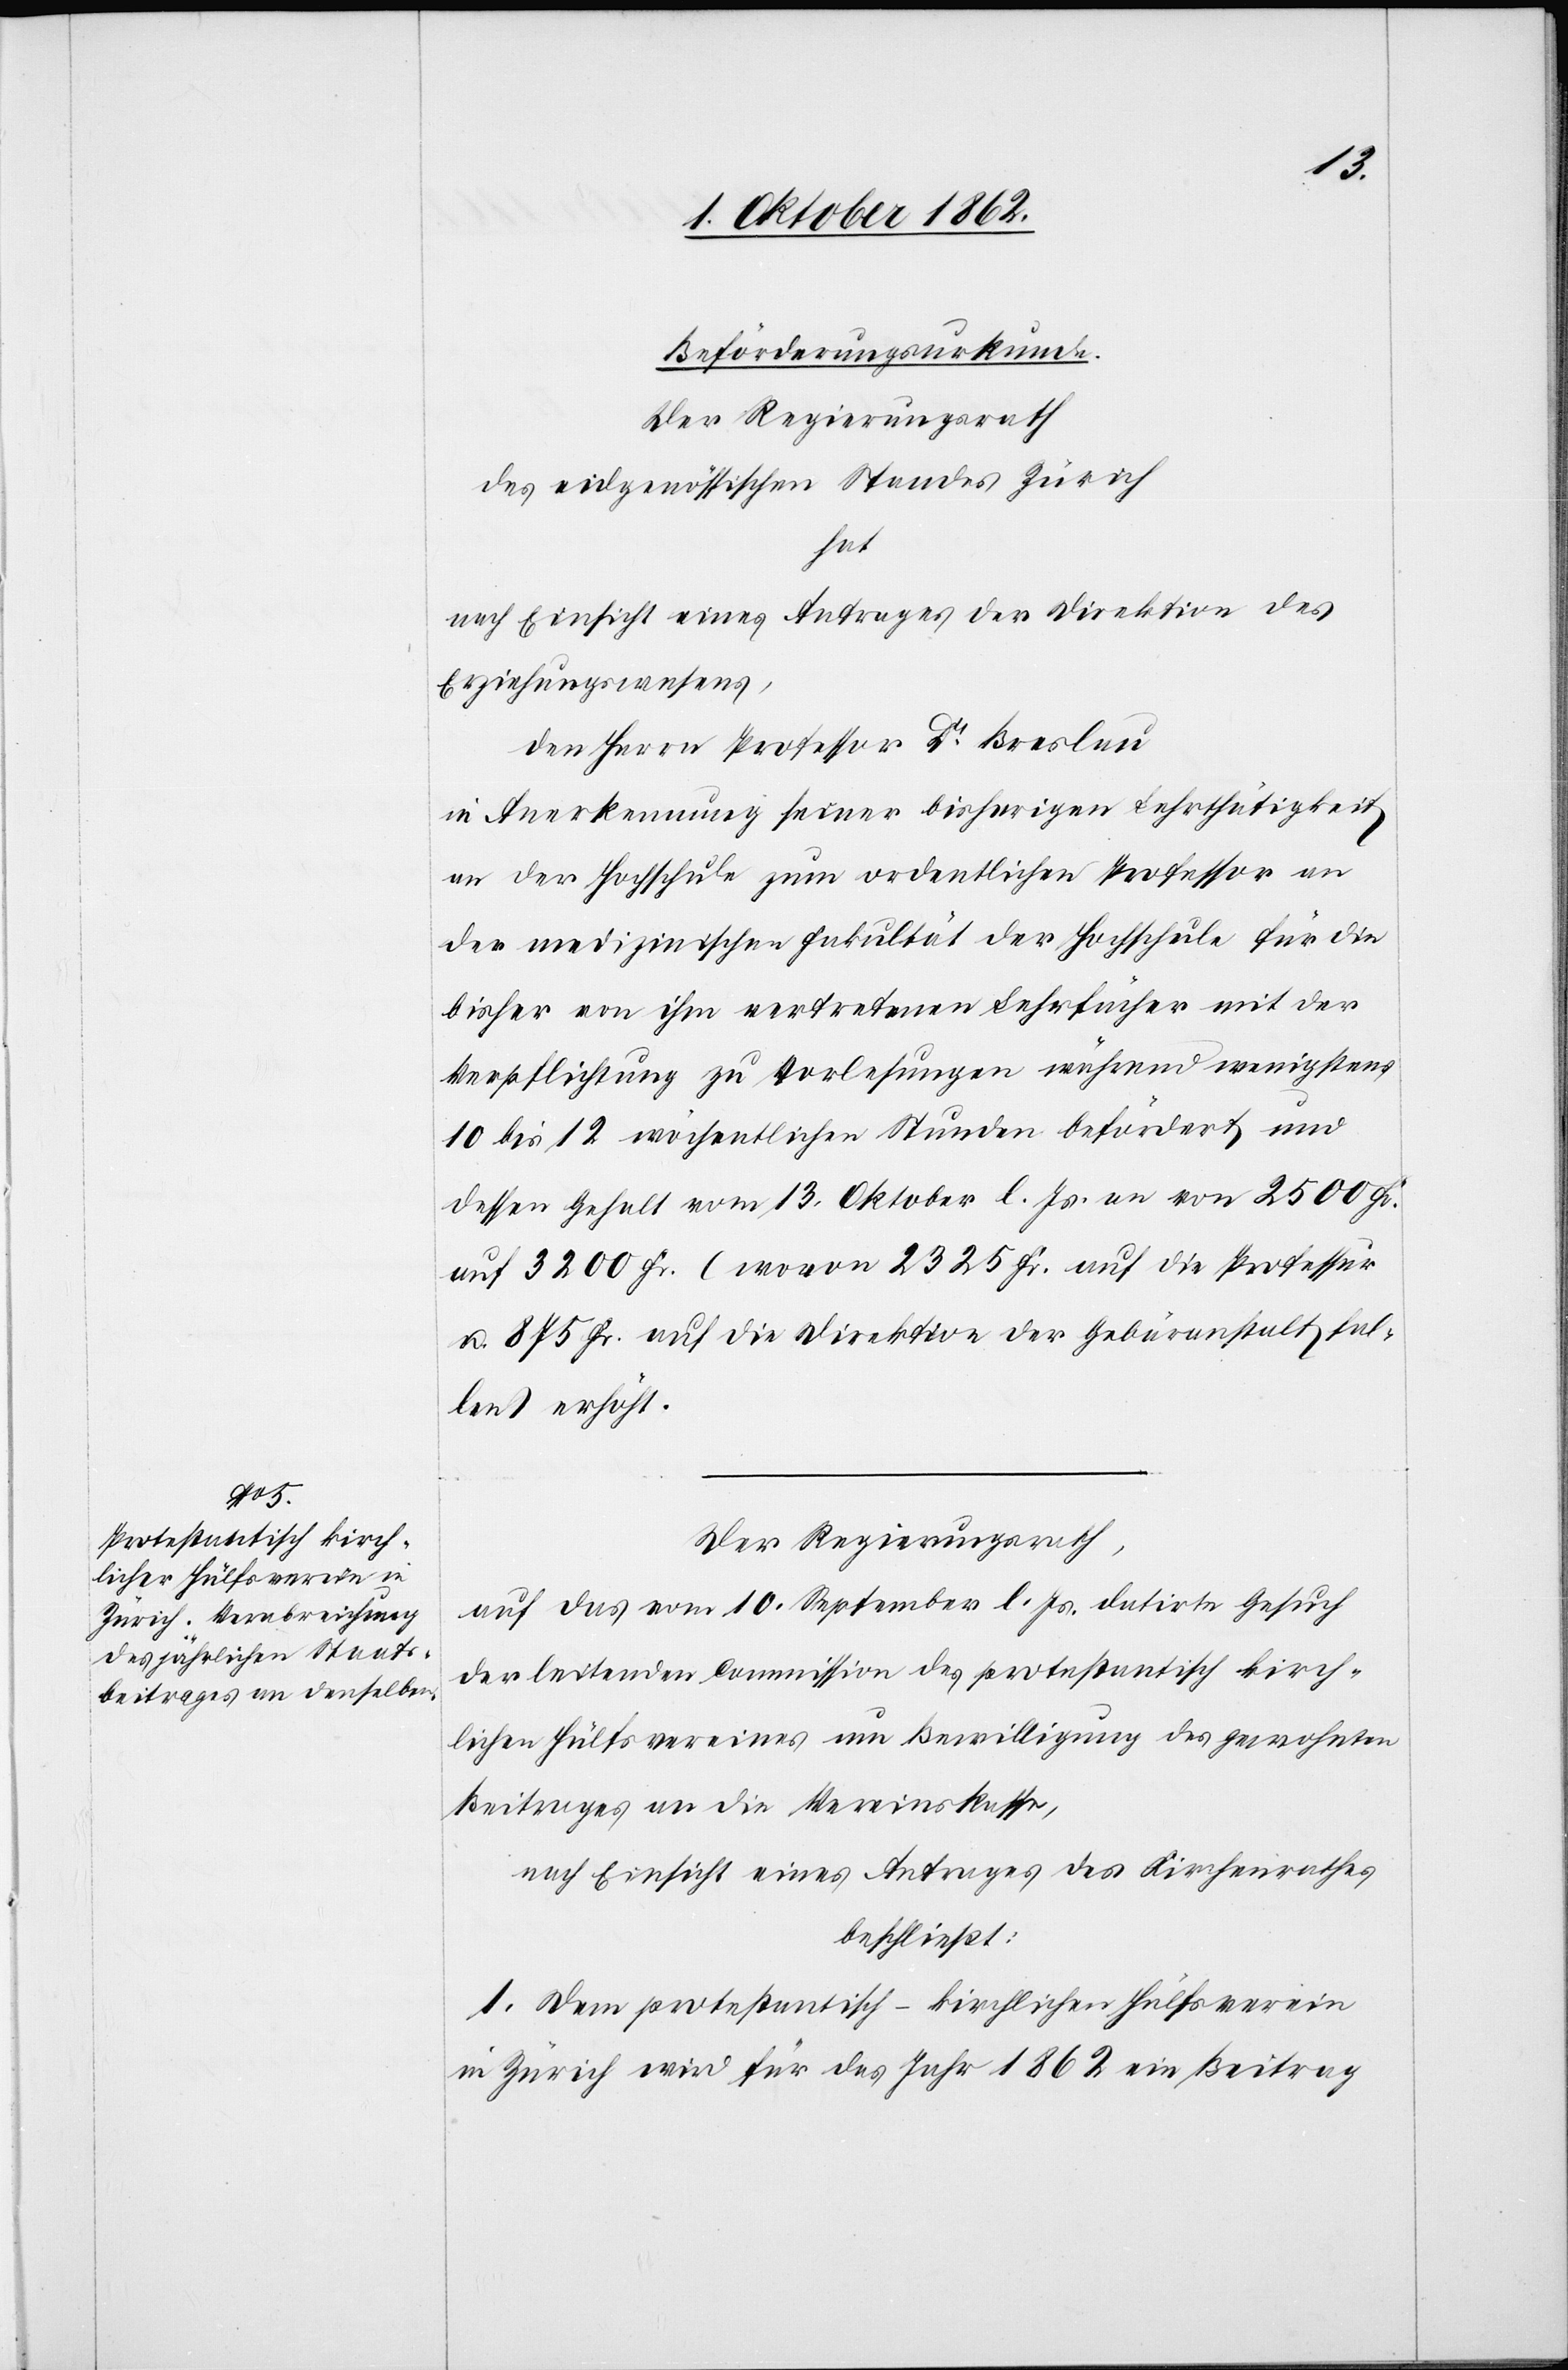
Beförderungsurkunde.
Der Regierungsrath
des eidgenössischen Standes Zürich
hat
nach Einsicht eines Antrages der Direktion des
Erziehungswesens,
den Herrn Professor Dr. Breslau
in Anerkennung seiner bisherigen Lehrthätigkeit
an der Hochschule zum ordentlichen Professor an
der medizinischen Fakultät der Hochschule für die
bisher von ihm vertretenen Lehrfächer mit der
Verpflichtung zu Vorlesungen während wenigstens
10 bis 12 wöchentlichen Stunden befördert und
dessen Gehalt vom 13. Oktober l. Js. an von 2500 Fr.
auf 3200 Fr. (wovon 2325 Fr. auf die Professur
u. 875 Fr. auf die Direktion der Gebäranstalt fal¬
len) erhöht.
Der Regierungsrath,
auf das vom 10. September l. Js. datirte Gesuch
der leitenden Commission des protestantisch kirch¬
lichen Hülfsvereines um Bewilligung des gewohnten
Beitrages an die Vereinskasse,
nach Einsicht eines Antrages des Kirchenrathes
beschließt:
1. Dem protestantisch-kirchlichen Hülfsverein
in Zürich wird für das Jahr 1862 ein Beitrag